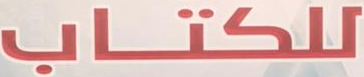
للكتاب